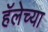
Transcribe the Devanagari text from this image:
हॅलेच्या